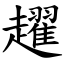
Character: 趯